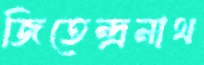
জিতেন্দ্রনাথ